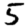
Digit: 5